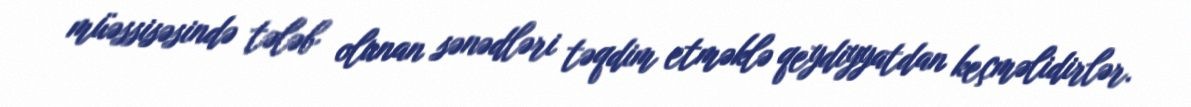
müəssisəsində tələb olunan sənədləri təqdim etməklə qeydiyyatdan keçməlidirlər.